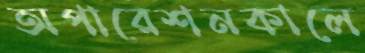
অপারেশনকালে